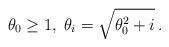
LaTeX: \begin{align*}\theta_0\geq1, \; \theta_i=\sqrt{\theta^2_0+i}\,.\end{align*}